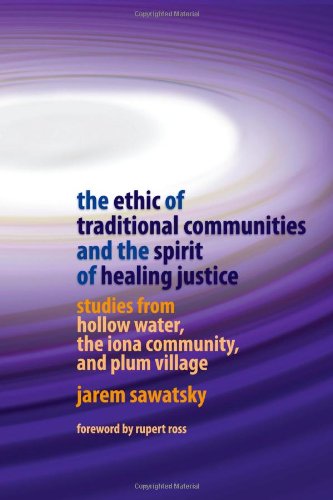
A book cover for The Ethic of Traditional Communities and the Spirit of Healing Justice: Studies from Hollow Water, the Iona Community, and Plum Village; Jarem Sawatsky; Law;